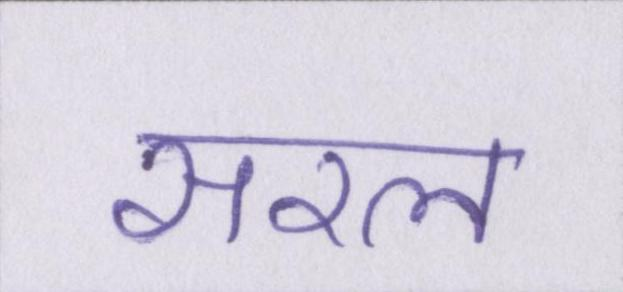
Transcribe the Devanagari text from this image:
सरल